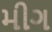
મીગ